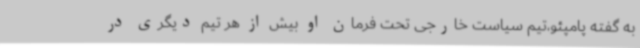
به گفته پامپئو،‌تیم سیاست خارجی تحت فرمان او بیش از هر تیم دیگری در